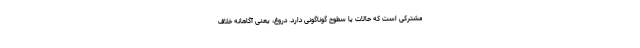
مشترکی است که حالات یا سطوح گوناگونی دارد. دروغ، یعنی آگاهانه خلاف